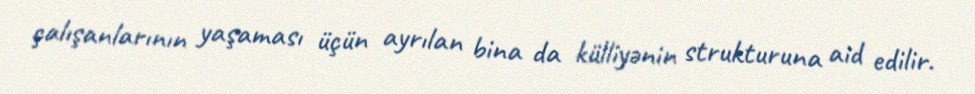
çalışanlarının yaşaması üçün ayrılan bina da külliyənin strukturuna aid edilir.